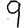
Digit: 9